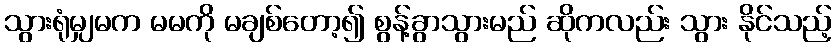
သွားရုံမျှမက မမကို မချစ်တော့၍ စွန့်ခွာသွားမည် ဆိုကလည်း သွား နိုင်သည့်